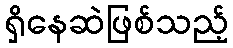
ရှိနေဆဲဖြစ်သည့်